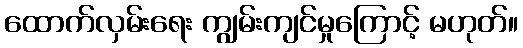
ထောက်လှမ်းရေး ကျွမ်းကျင်မှုကြောင့် မဟုတ်။